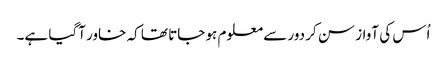
اُس کی آواز سن کر دور سے معلوم ہو جاتا تھا کہ خاور آگیا ہے۔